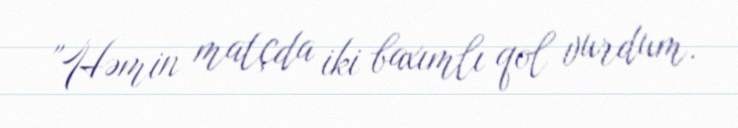
"Həmin matçda iki baxımlı qol vurdum.